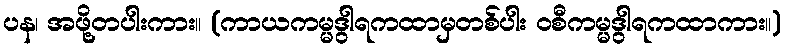
ပန၊ အဖို့တပါးကား။ (ကာယကမ္မဒွါရကထာမှတစ်ပါး ဝစီကမ္မဒွါရကထာကား။)